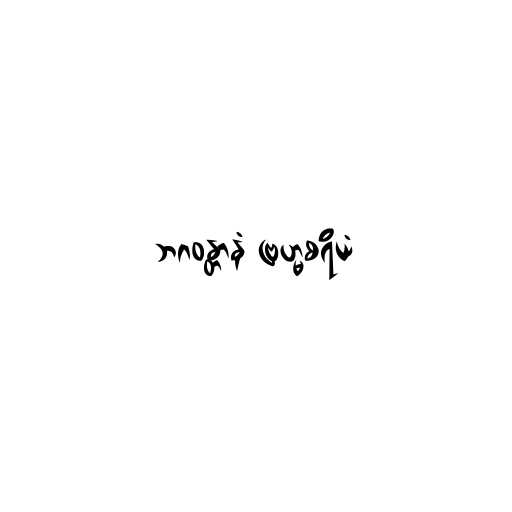
ဘဂဝန္တာနံ ဗြဟ္မစရိယံ